Indian journal of veterinary science and animal husbandry - Volume 10,
Year: 1940
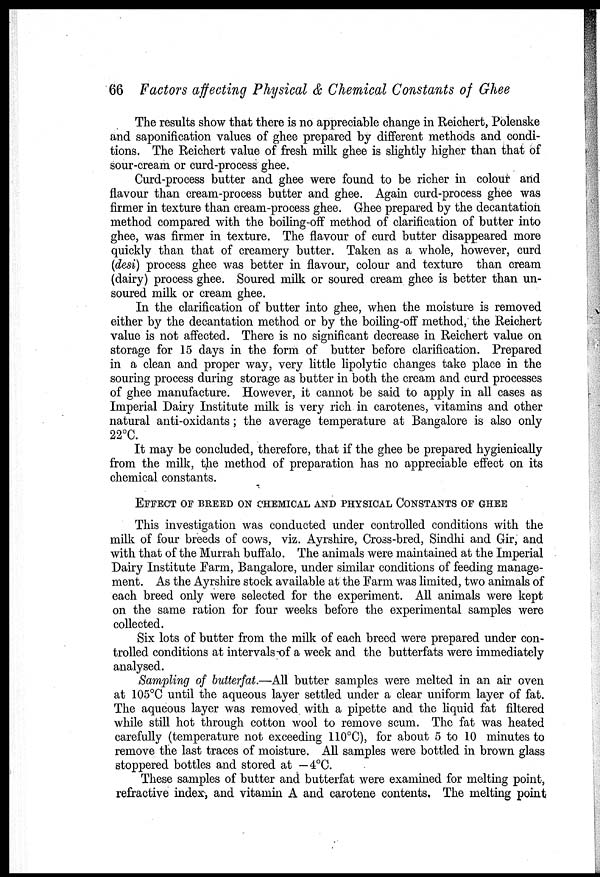
66 Factors affecting Physical & Chemical Constants of Ghee
The results show that there is no appreciable change in Reichert, Polenske
and saponification values of ghee prepared by different methods and condi-
tions. The Reichert value of fresh milk ghee is slightly higher than that of
sour-cream or curd-process ghee.
Curd-process butter and ghee were found to be richer in colour and
flavour than cream-process butter and ghee. Again curd-process ghee was
firmer in texture than cream-process ghee. Ghee prepared by the decantation
method compared with the boiling-off method of clarification of butter into
ghee, was firmer in texture. The flavour of curd butter disappeared more
quickly than that of creamery butter. Taken as a whole, however, curd
(desi) process ghee was better in flavour, colour and texture than cream
(dairy) process ghee. Soured milk or soured cream ghee is better than un¬
soured milk or cream ghee.
In the clarification of butter into ghee, when the moisture is removed
either by the decantation method or by the boiling-off method, the Reichert
value is not affected. There is no significant decrease in Reichert value on
storage for 15 days in the form of butter before clarification. Prepared
in a clean and proper way, very little lipolytic changes take place in the
souring process during storage as butter in both the cream and curd processes
of ghee manufacture. However, it cannot be said to apply in all cases as
Imperial Dairy Institute milk is very rich in carotenes, vitamins and other
natural anti-oxidants ; the average temperature at Bangalore is also only
22°C.
It may be concluded, therefore, that if the ghee be prepared hygienically
from the milk, the method of preparation has no appreciable effect on its
chemical constants.
EFFECT OF BREED ON CHEMICAL AND PHYSICAL CONSTANTS OF GHEE
This investigation was conducted under controlled conditions with the
milk of four breeds of cows, viz. Ayrshire, Cross-bred, Sindhi and Gir, and
with that of the Murrah buffalo. The animals were maintained at the Imperial
Dairy Institute Farm, Bangalore, under similar conditions of feeding manage-
ment. As the Ayrshire stock available at the Farm was limited, two animals of
each breed only were selected for the experiment. All animals were kept
on the same ration for four weeks before the experimental samples were
collected.
Six lots of butter from the milk of each breed were prepared under con-
trolled conditions at intervals of a week and the butterfats were immediately
analysed.
Sampling of butterfat.—All butter samples were melted in an air oven
at 105°C until the aqueous layer settled under a clear uniform layer of fat.
The aqueous layer was removed with a pipette and the liquid fat filtered
while still hot through cotton wool to remove scum. The fat was heated
carefully (temperature not exceeding 110°C), for about 5 to 10 minutes to
remove the last traces of moisture. All samples were bottled in brown glass
stoppered bottles and stored at — 4°C.
These samples of butter and butterfat were examined for melting point,
refractive index, and vitamin A and carotene contents. The melting point